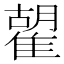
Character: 𩀉